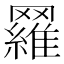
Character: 𦌴